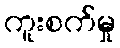
ကူးစက်မှု